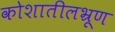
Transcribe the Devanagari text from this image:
कोशातीलभ्रूण